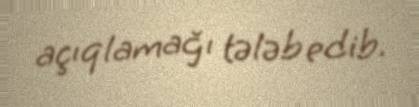
açıqlamağı tələb edib.